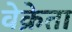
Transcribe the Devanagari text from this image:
वेक्रेता